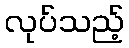
လုပ်သည့်